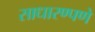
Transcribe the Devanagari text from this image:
साधारण्पणे